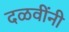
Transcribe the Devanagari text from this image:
दळवींनी